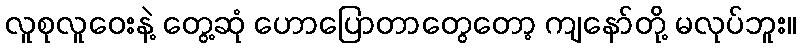
လူစုလူဝေးနဲ့ တွေ့ဆုံ ဟောပြောတာတွေတော့ ကျနော်တို့ မလုပ်ဘူး။